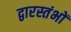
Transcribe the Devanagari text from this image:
द्वारस्तंभों